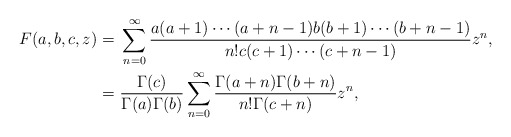
\begin{align*}F(a,b,c,z)=&~\sum^\infty_{n=0}\frac{a(a+1)\cdots (a+n-1) b(b+1)\cdots (b+n-1)}{n!c(c+1)\cdots (c+n-1)}z^n,\\=&~ \frac{\Gamma(c)}{\Gamma(a)\Gamma(b)}\sum^\infty_{n=0}\frac{\Gamma(a+n)\Gamma(b+n)}{n!\Gamma(c+n)}z^n,\end{align*}